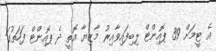
އެ ޓީމަށް 39 ޕޮއިންޓް ލިބިފައިވާއިރު މާޒިޔާ އޮތީ ދެ ޕޮއިންޓް ފަހަތުގަ